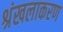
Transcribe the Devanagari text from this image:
श्रंखलाकरण